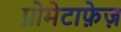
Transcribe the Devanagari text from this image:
प्रोमेटाफ़ेज़